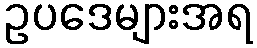
ဥပဒေများအရ